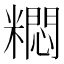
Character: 𫃐